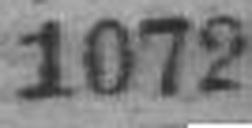
1072